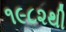
૧૯૮૨થી